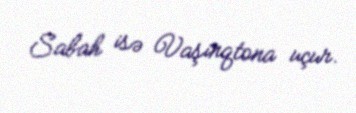
Sabah isə Vaşinqtona uçur.